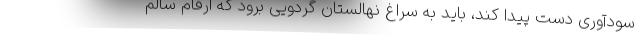
سودآوری دست پیدا کند، باید به سراغ نهالستان گردویی برود که ارقام سالم